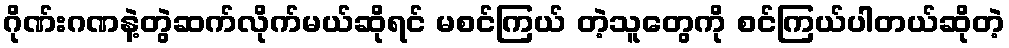
ဂိုဏ်းဂဏနဲ့တွဲဆက်လိုက်မယ်ဆိုရင် မစင်ကြယ် တဲ့သူတွေကို စင်ကြယ်ပါတယ်ဆိုတဲ့